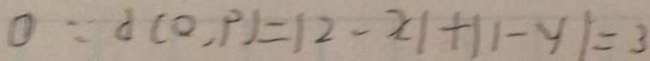
0 \because d ( 0 , P ) = \vert 2 - x \vert + \vert 1 - y \vert = 3